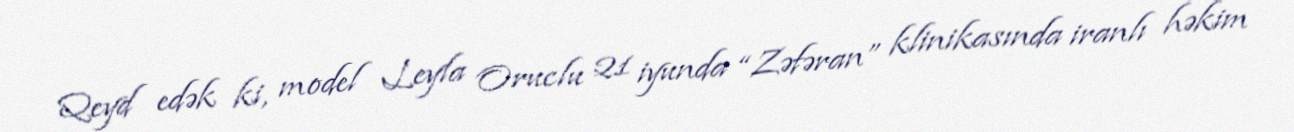
Qeyd edək ki, model Leyla Oruclu 21 iyunda “Zəfəran” klinikasında iranlı həkim